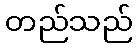
တည်သည်